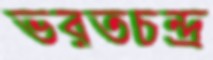
ভরতচন্দ্র